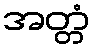
အတ္တံ